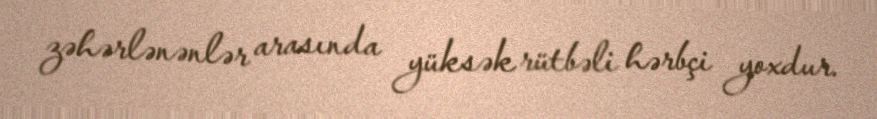
zəhərlənənlər arasında yüksək rütbəli hərbçi yoxdur.